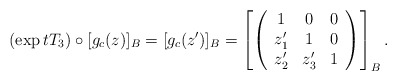
\begin{align*}(\exp tT_3)\circ [g_c(z)]_B= [g_c(z^\prime)]_B=\left[\left(\begin{array}{ccc}1&0&0\\z_1^\prime&1&0\\z_2^\prime&z_3^\prime&1\\\end{array}\right)\right]_B.\end{align*}